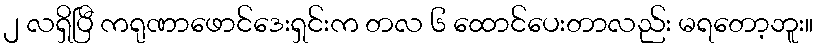
၂ လရှိပြီ ကရုဏာဖောင်ဒေးရှင်းက တလ ၆ ထောင်ပေးတာလည်း မရတော့ဘူး။